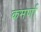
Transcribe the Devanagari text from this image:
कमर्णा